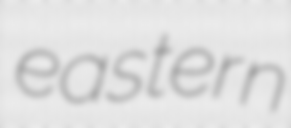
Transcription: eastern